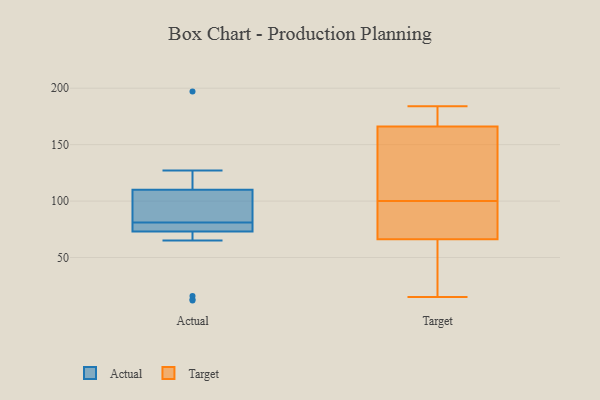
{"axis": {"x": "Bounce Rate (%)", "y": "Value"}, "legend": ["Actual", "Target"], "data": [{"x": "", "y": 78, "type": "Actual"}, {"x": "", "y": 76, "type": "Actual"}, {"x": "", "y": 12, "type": "Actual"}, {"x": "", "y": 93, "type": "Actual"}, {"x": "", "y": 110, "type": "Actual"}, {"x": "", "y": 105, "type": "Actual"}, {"x": "", "y": 84, "type": "Actual"}, {"x": "", "y": 78, "type": "Actual"}, {"x": "", "y": 95, "type": "Actual"}, {"x": "", "y": 118, "type": "Actual"}, {"x": "", "y": 16, "type": "Actual"}, {"x": "", "y": 127, "type": "Actual"}, {"x": "", "y": 74, "type": "Actual"}, {"x": "", "y": 65, "type": "Actual"}, {"x": "", "y": 13, "type": "Actual"}, {"x": "", "y": 197, "type": "Actual"}, {"x": "", "y": 73, "type": "Actual"}, {"x": "", "y": 121, "type": "Actual"}, {"x": "", "y": 120, "type": "Target"}, {"x": "", "y": 34, "type": "Target"}, {"x": "", "y": 126, "type": "Target"}, {"x": "", "y": 100, "type": "Target"}, {"x": "", "y": 77, "type": "Target"}, {"x": "", "y": 164, "type": "Target"}, {"x": "", "y": 15, "type": "Target"}, {"x": "", "y": 86, "type": "Target"}, {"x": "", "y": 172, "type": "Target"}, {"x": "", "y": 94, "type": "Target"}, {"x": "", "y": 184, "type": "Target"}, {"x": "", "y": 29, "type": "Target"}, {"x": "", "y": 174, "type": "Target"}]}